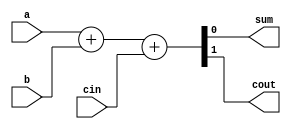
module  ADD_1b(
input a,b,cin,
output sum,cout
);
  assign {cout,sum} = a+b+cin;
endmodule
//1bitADD_1b
module adder_4bit(
input  [3:0] a,b,
input  cin,
output [3:0] sum,
output cout
);
wire cout0;  //0
wire cout1;  //1
wire cout2;  //2
//,
  ADD_1b addr0(.a(a[0]),.b(b[0]),.cin(cin  ),.sum(sum[0]),.cout(cout0));
  ADD_1b addr1(.a(a[1]),.b(b[1]),.cin(cout0),.sum(sum[1]),.cout(cout1));
  ADD_1b addr2(.a(a[2]),.b(b[2]),.cin(cout1),.sum(sum[2]),.cout(cout2));
  ADD_1b addr3(.a(a[3]),.b(b[3]),.cin(cout2),.sum(sum[3]),.cout(cout ));
endmodule